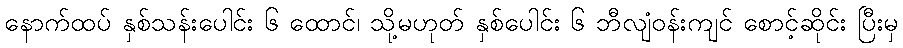
နောက်ထပ် နှစ်သန်းပေါင်း ၆ ထောင်၊ သို့မဟုတ် နှစ်ပေါင်း ၆ ဘီလျံဝန်းကျင် စောင့်ဆိုင်း ပြီးမှ